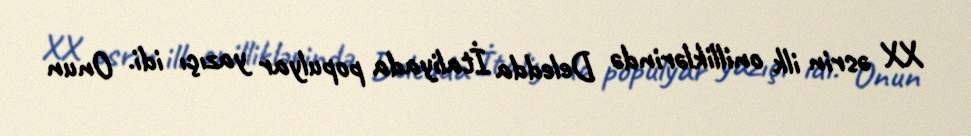
XX əsrin ilk onilliklərində Deledda İtaliyada populyar yazıçı idi. Onun